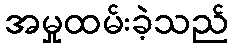
အမှုထမ်းခဲ့သည်